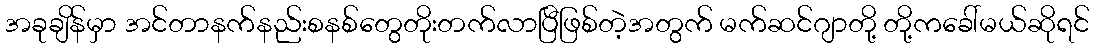
အခုချိန်မှာ အင်တာနက်နည်းစနစ်တွေတိုးတက်လာပြီဖြစ်တဲ့အတွက် မက်ဆင်ဂျာတို့ တို့ကခေါ်မယ်ဆိုရင်